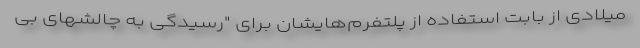
میلادی از بابت استفاده از پلتفرم‌هایشان برای "رسیدگی به چالشهای بی